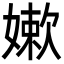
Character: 嫰